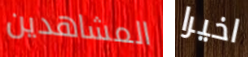
المشاهدين اخيرا